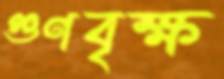
গুণবৃক্ষ